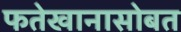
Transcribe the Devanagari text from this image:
फतेखानासोबत